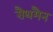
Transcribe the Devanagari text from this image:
रौथमैन